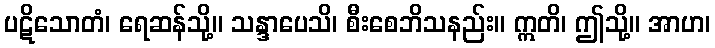
ပဋိသောတံ၊ ရေဆန်သို့။ သန္ဒာပေသိ၊ စီးစေဘိသနည်း။ ဣတိ၊ ဤသို့။ အာဟ၊